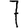
Digit: 7